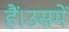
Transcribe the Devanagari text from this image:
हैं।उसमें